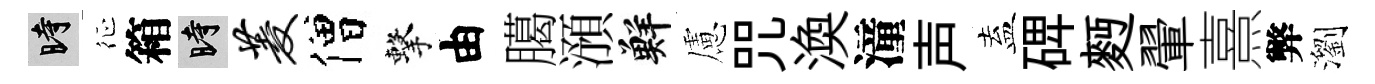
时征箱时菱僧擊由臈澦鮮慮咒渙潼声盍𥓓麪翬熹弊瀏